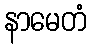
နာမေတံ